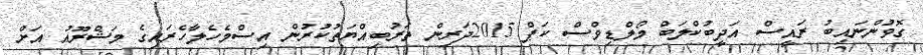
ގޮވުންނައިބު ރައީސް އަދީބުކްލަބް މޯލްޑިވްސް ކަޕް 2015ދަރިން ތަރުބިއްޔަތުކުރުން އިސްމެހެލާހެރައިގެ މަޝްރޫއު އަށް